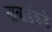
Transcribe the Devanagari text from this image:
नाबार्डकडे